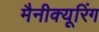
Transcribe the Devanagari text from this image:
मैनीक्यूरिंग